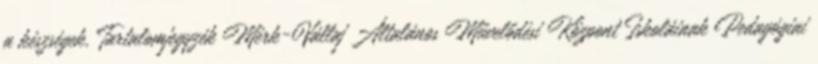
a készségek, Tartalomjegyzék Mérk-Vállaj Általános Művelődési Központ Iskoláinak Pedagógiai